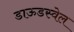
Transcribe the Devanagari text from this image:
डाऊडस्वेल